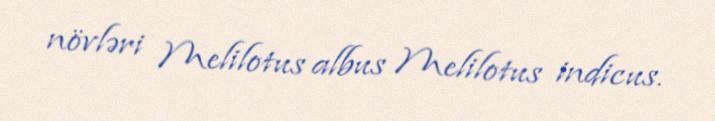
növləri Melilotus albus Melilotus indicus.